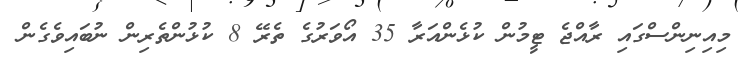
މިއިނިންސްގައި ރާއްޖެ ޓީމުން ކުޅެންއަރާ 35 އޯވަރުގެ ތެރޭ 8 ކުޅުންތެރިން ނުބައިވެގެން